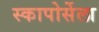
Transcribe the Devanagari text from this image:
स्कापोर्सेला